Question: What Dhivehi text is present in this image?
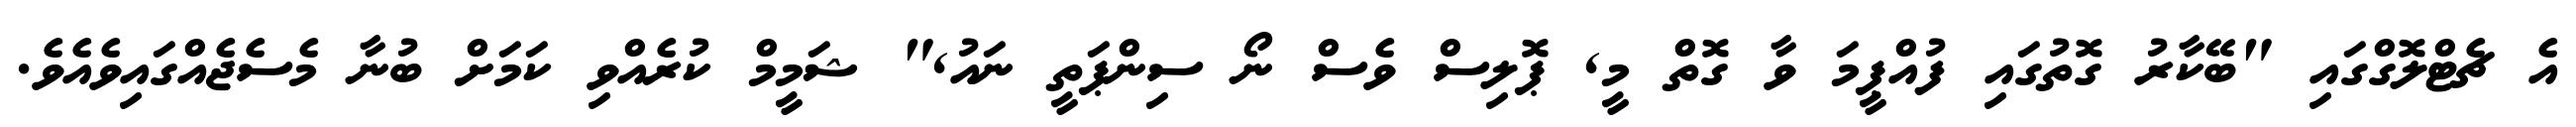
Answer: އެ ޗެޓްލޮގްގައި "ބޭކާރު ގޮތުގައި ފުއްޕީމަ ވާ ގޮތް މީ, ޕޮލިސް ވެސް ނޯ ސިންޕަތީ ނައު," ޝަމީމް ކުރެއްވި ކަމަށް ބުނާ މެސެޖެއްގައިވެއެވެ.